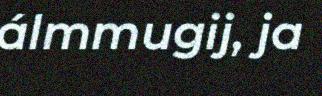
álmmugij, ja